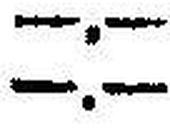
—.—